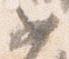
如